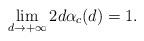
LaTeX: \begin{align*}\lim_{d\rightarrow+\infty}2d\alpha_c(d)=1.\end{align*}